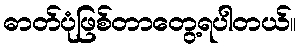
ဓာတ်ပုံဖြစ်တာတွေ့ရပါတယ်။